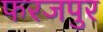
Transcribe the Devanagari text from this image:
फरजपुर